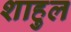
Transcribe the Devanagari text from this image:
शाहुल